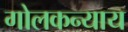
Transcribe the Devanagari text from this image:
गोलकन्याय